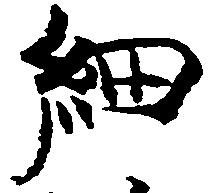
細